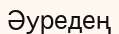
Әуредең